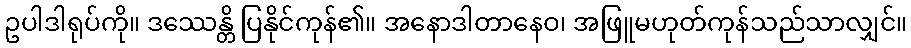
ဥပါဒါရုပ်ကို။ ဒဿေန္တိ ပြနိုင်ကုန်၏။ အနောဒါတာနေဝ၊ အဖြူမဟုတ်ကုန်သည်သာလျှင်။